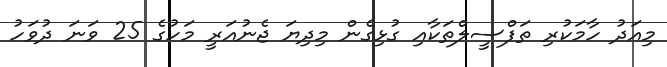
މިއަދު ހާމަކުރި ތަފްސީލްތަކާއި ގުޅިގެން މިދިޔަ ޖެނުއަރީ މަހުގެ 25 ވަނަ ދުވަހު